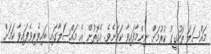
މައްސަލަ ތަހުގީގު ކުރުމަށް ނިންމާފައިވާ ކަމަށެވެ. އެގޮތުން އެ މައްސަލާގައި ބައިވެރިވެފައިވާ ކަމަށް